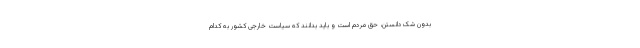
بدون شک دانستن، حق مردم است و باید بدانند که سیاست خارجی کشور به کدام